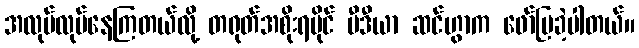
အလုပ်လုပ်နေကြတယ်လို့ တရုတ်အစိုးရပိုင် မီဒီယာ ဆင်ဟွာက ဖော်ပြခဲ့ပါတယ်။